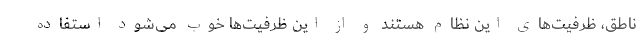
ناطق، ظرفیت‌های این نظام هستند و از این ظرفیت‌ها خوب می‌شود استفاده